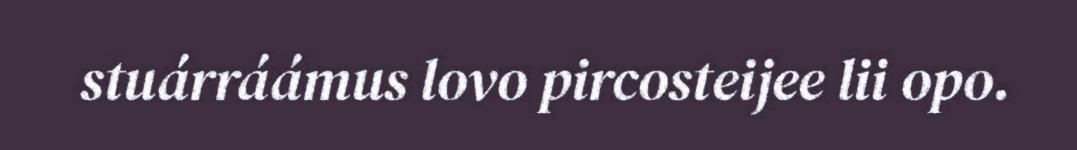
stuárráámus lovo pircosteijee lii opo.